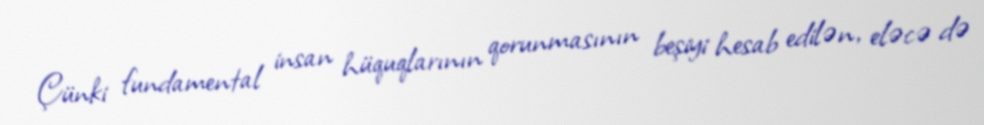
Çünki fundamental insan hüquqlarının qorunmasının beşiyi hesab edilən, eləcə də